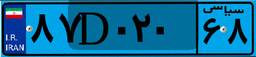
۲۷D۱۸۶۸۱